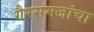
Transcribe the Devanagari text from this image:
गैरसमजांचा